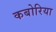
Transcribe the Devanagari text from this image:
कबोरिया